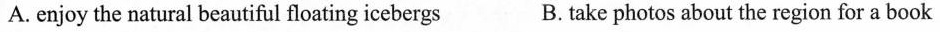
A. enjoy the natural beautiful floating icebergs B. take photos about the region for a book